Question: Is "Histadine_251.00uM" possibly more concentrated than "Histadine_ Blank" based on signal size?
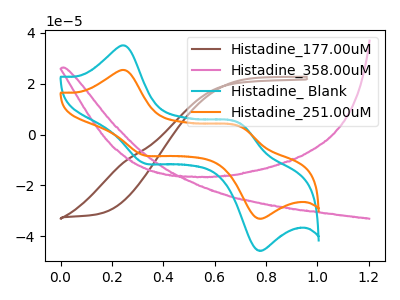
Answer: <think>The brown curve "Histadine_177.00uM" has no peaks. The pink curve "Histadine_358.00uM" has no peaks. The cyan curve "Histadine_ Blank" has anodic peaks at (0.25V, 34.85uA) (0.70V, 4.00uA) and cathodic peaks at (0.30V, -11.10uA) (0.75V, -45.30uA). The orange curve "Histadine_251.00uM" has anodic peaks at (0.25V, 25.25uA) (0.70V, 2.90uA) and cathodic peaks at (0.30V, -8.05uA) (0.75V, -32.80uA).
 All the peaks in "Histadine_251.00uM" have a peak in "Histadine_ Blank" at the same potential. Every peak in "Histadine_251.00uM" is lower than every peak in "Histadine_ Blank".</think>
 <answer>"Histadine_251.00uM" has less signal than "Histadine_ Blank".</answer>
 <eval>less_signal</eval>